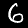
Digit: 6